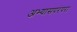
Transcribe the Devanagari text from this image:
अभ्यासपरंपरा